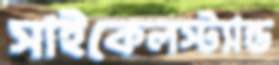
সাইকেলস্ট্যান্ড